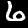
Digit: 6